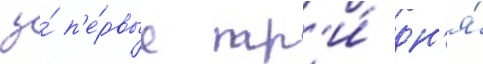
за́ п'е́рвые тр'и́ дн'я́